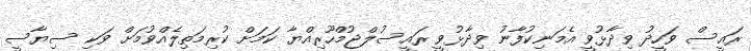
ރައީސް ވަހީދު ވިދާޅުވީ އެމަނިކުފާނު ވިދާޅުވީ ރައީސުލްޖުމްހޫރިއްޔާ ކަމަށް ކުރިމަތިލެއްވުމަށް ވަކި ސިޔާސީ